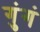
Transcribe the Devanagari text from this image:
गुंगं